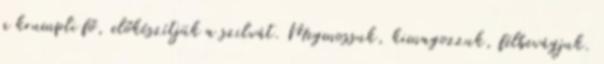
a krumpli fő, előkészítjük a szilvát. Megmossuk, kimagozzuk, félbevágjuk.